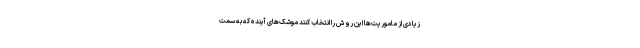
زیادی از ماموریت‌ها این روش را انتخاب کنند موشک‌های آینده که به سمت